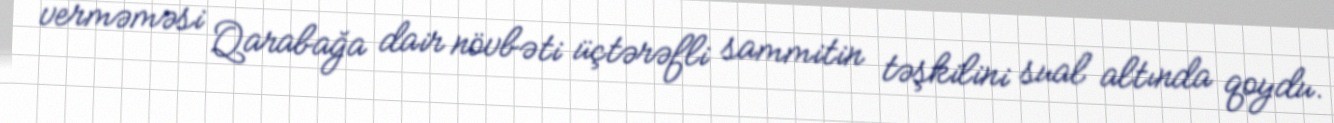
verməməsi Qarabağa dair növbəti üçtərəfli sammitin təşkilini sual altında qoydu.